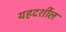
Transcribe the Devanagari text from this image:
यहदर्शील